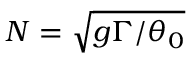
N = \sqrt { g \Gamma / \theta _ { 0 } }